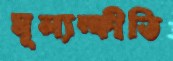
মূল্যম্ফীতি